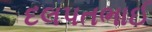
દલપતભાઈ